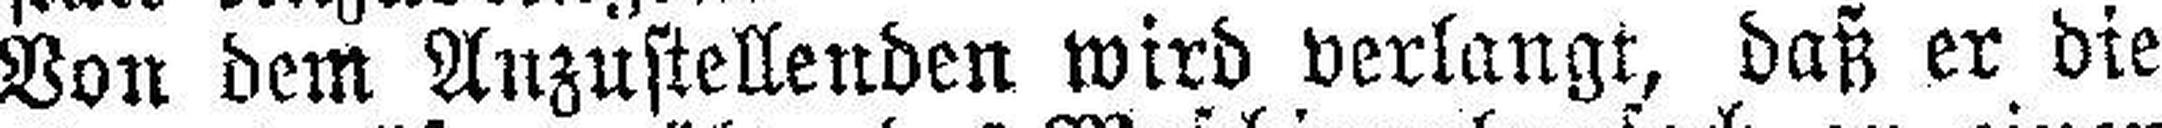
Von dem Anzustellenden wird verlangt, daß er die